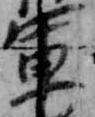
軍